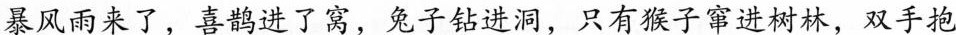
暴风雨来了，喜鹊进了窝，兔子钻进洞，只有猴子窜进树林，双手抱